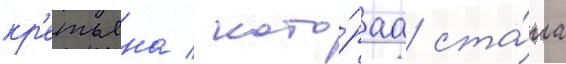
кр'етьена / кото́раа ста́ла